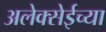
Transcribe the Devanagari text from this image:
अलेक्सेईच्या